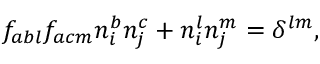
f _ { a b l } f _ { a c m } n _ { i } ^ { b } n _ { j } ^ { c } + n _ { i } ^ { l } n _ { j } ^ { m } = \delta ^ { l m } ,